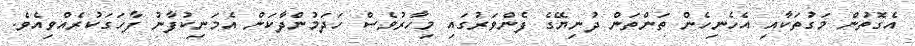
އެގޮތުން މަގުތަކާއި އެހެނިހެން ތަންތަން ދުނިޔޭގެ ފެންވަރުގައި މިހާރުވެސް ހަދަމުންދާކަން އެމަނިކުފާނު ފާހަގަކުރެއްވިއެވެ.